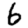
Digit: 6